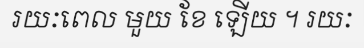
រយៈពេល មួយ ខែ ឡើយ ។ រយៈ